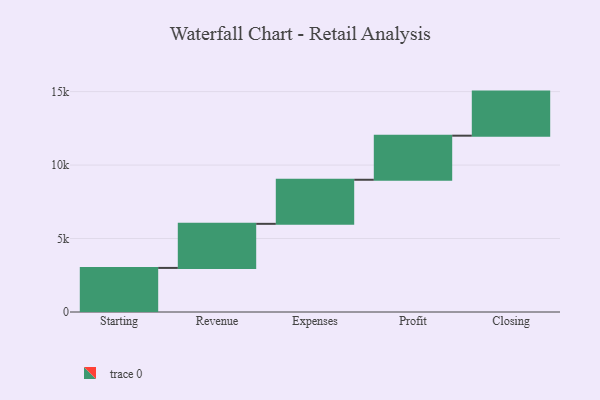
{"axis": {"x": "Step", "y": "Value"}, "legend": [""], "data": [{"x": "Starting", "y": 3000, "type": ""}, {"x": "Revenue", "y": 3000, "type": ""}, {"x": "Expenses", "y": 3000, "type": ""}, {"x": "Profit", "y": 3000, "type": ""}, {"x": "Closing", "y": 3000, "type": ""}]}